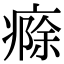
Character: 㾻